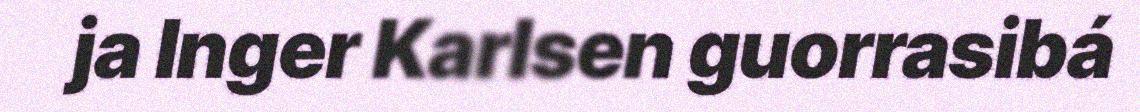
ja Inger Karlsen guorrasibá